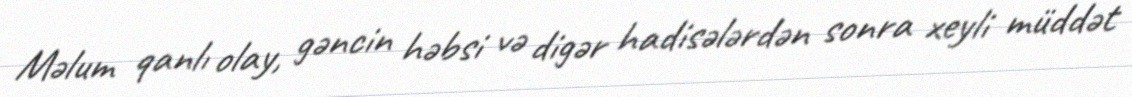
Məlum qanlı olay, gəncin həbsi və digər hadisələrdən sonra xeyli müddət